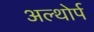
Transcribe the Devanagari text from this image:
अल्थोर्प